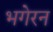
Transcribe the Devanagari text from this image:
भगेरन